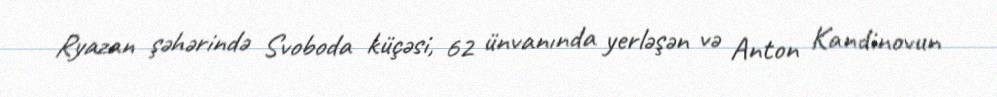
Ryazan şəhərində Svoboda küçəsi, 62 ünvanında yerləşən və Anton Kandinovun